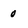
Character: 0